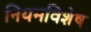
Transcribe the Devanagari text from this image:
नियमविशेष